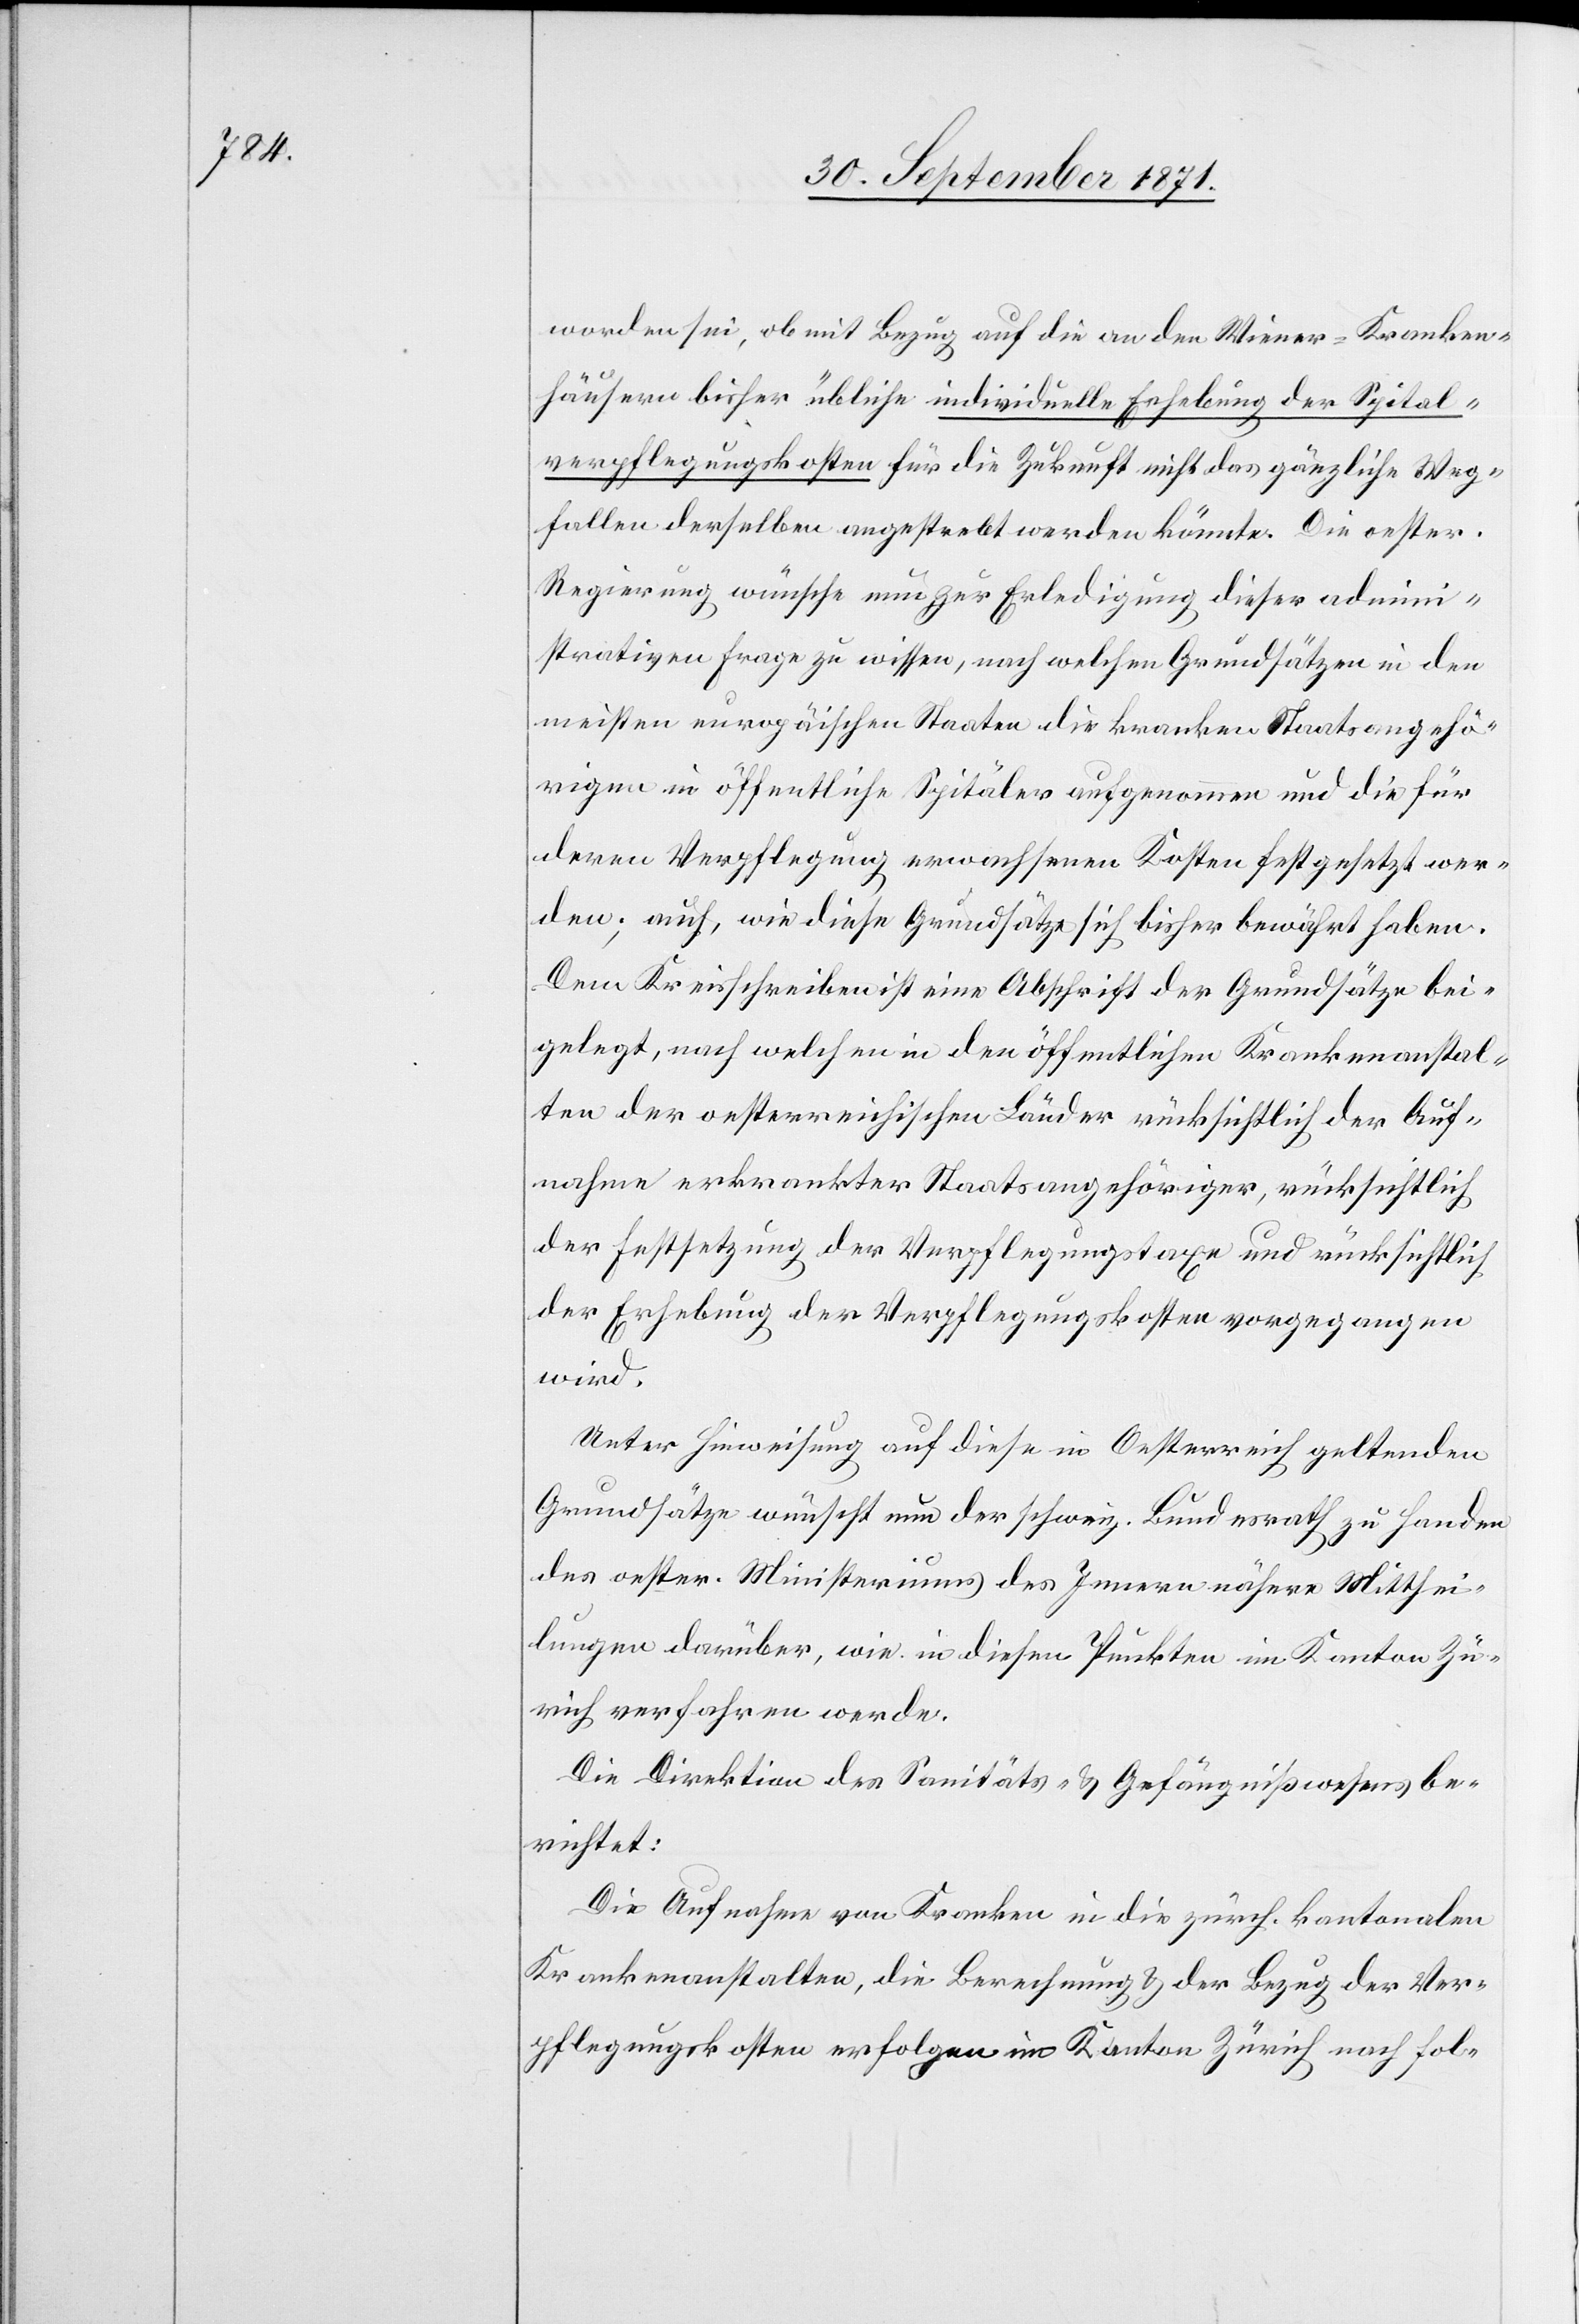
worden sei, ob mit Bezug auf die an den Wiener-Kranken¬
häusern bisher übliche individuelle Erhebung der Spital¬
verpflegungskosten für die Zukunft nicht das gänzliche Weg¬
fallen derselben angestrebt werden könnte. Die oester.
Regierung wünsche nun zur Erledigung dieser admini¬
strativen Frage zu wissen, nach welchen Grundsätzen in den
meisten europäischen Staaten die kranken Staatsangehö¬
rigen in öffentliche Spitäler aufgenommen und die für
deren Verpflegung erwachsenen Kosten festgesetzt wer¬
den; auch, wie diese Grundsätze sich bisher bewährt haben.
Dem Kreisschreiben ist eine Abschrift der Grundsätze bei¬
gelegt, nach welchen in den öffentlichen Krankenanstal¬
ten der oesterreichischen Länder rücksichtlich der Auf¬
nahme erkrankter Staatsangehöriger, rücksichtlich
der Festsetzung der Verpflegungstaxe und rücksichtlich
der Erhebung der Verpflegungskosten vorgegangen
wird.
Unter Hinweisung auf diese in Oesterreich geltenden
Grundsätze wünscht nun der schweiz. Bundesrath zu Handen
des oester. Ministeriums des Innern nähere Mitthei¬
lungen darüber, wie in diesen Punkten im Kanton Zü¬
rich verfahren werde.
Die Direktion des Sanitäts- & Gefängnißwesens be¬
richtet:
Die Aufnahme von Kranken in die zürch. kantonalen
Krankenanstalten, die Berechnung & der Bezug der Ver¬
pflegungskosten erfolge im Kanton Zürich nach fol-